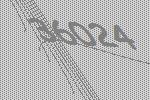
36024